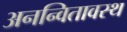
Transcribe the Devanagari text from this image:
अनन्वितावस्थ